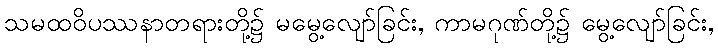
သမထဝိပဿနာတရားတို့၌ မမွေ့လျော်ခြင်း, ကာမဂုဏ်တို့၌ မွေ့လျော်ခြင်း,